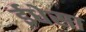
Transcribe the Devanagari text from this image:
ईधेसा